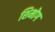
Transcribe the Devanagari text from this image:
शिमोग